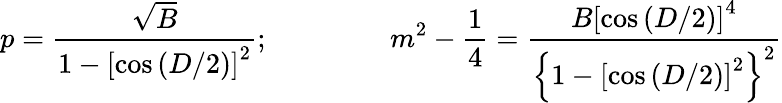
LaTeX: p=\frac{\sqrt{B}}{1-\left[\cos\left(D/2\right)\right]^{2}};\ \ \ \ \ \ \ \ \ \ \ \ \ \ \ \ \ m^{2}-\frac{1}{4}=\frac{B\left[\cos\left(D/2\right)\right]^{4}}{\left\{ 1-\left[\cos\left(D/2\right)\right]^{2}\right\} ^{2}}